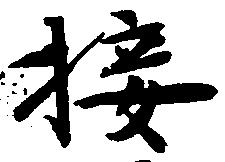
接